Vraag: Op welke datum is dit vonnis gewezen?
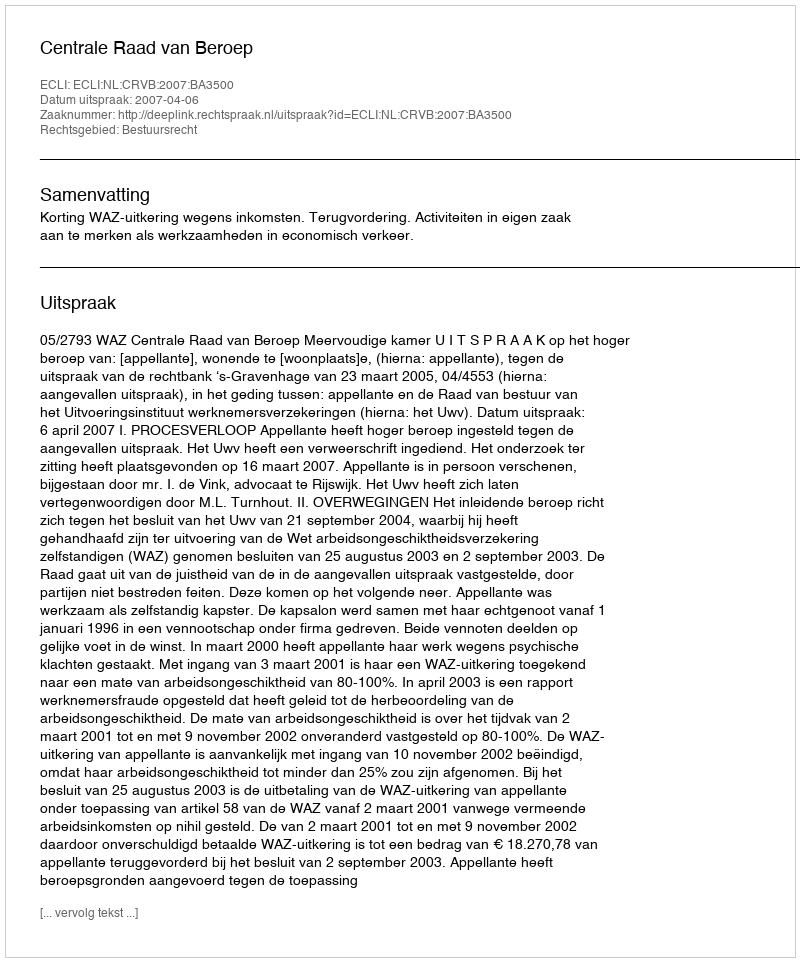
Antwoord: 2007-04-06